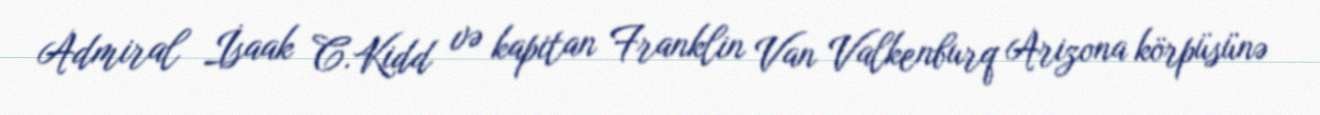
Admiral İsaak C.Kidd və kapitan Franklin Van Valkenburq Arizona körpüsünə